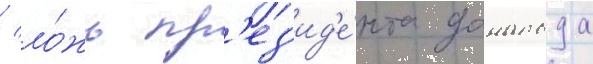
/ ло́жь пр'ез'ид'е́нта дональда